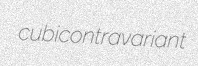
cubicontravariant